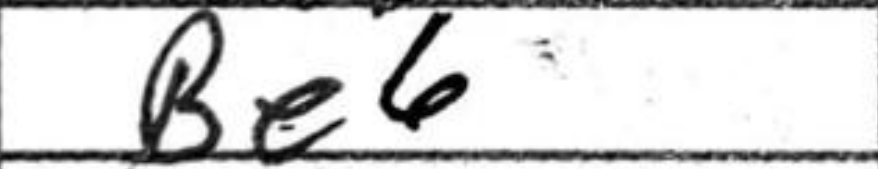
Transcription: Be6